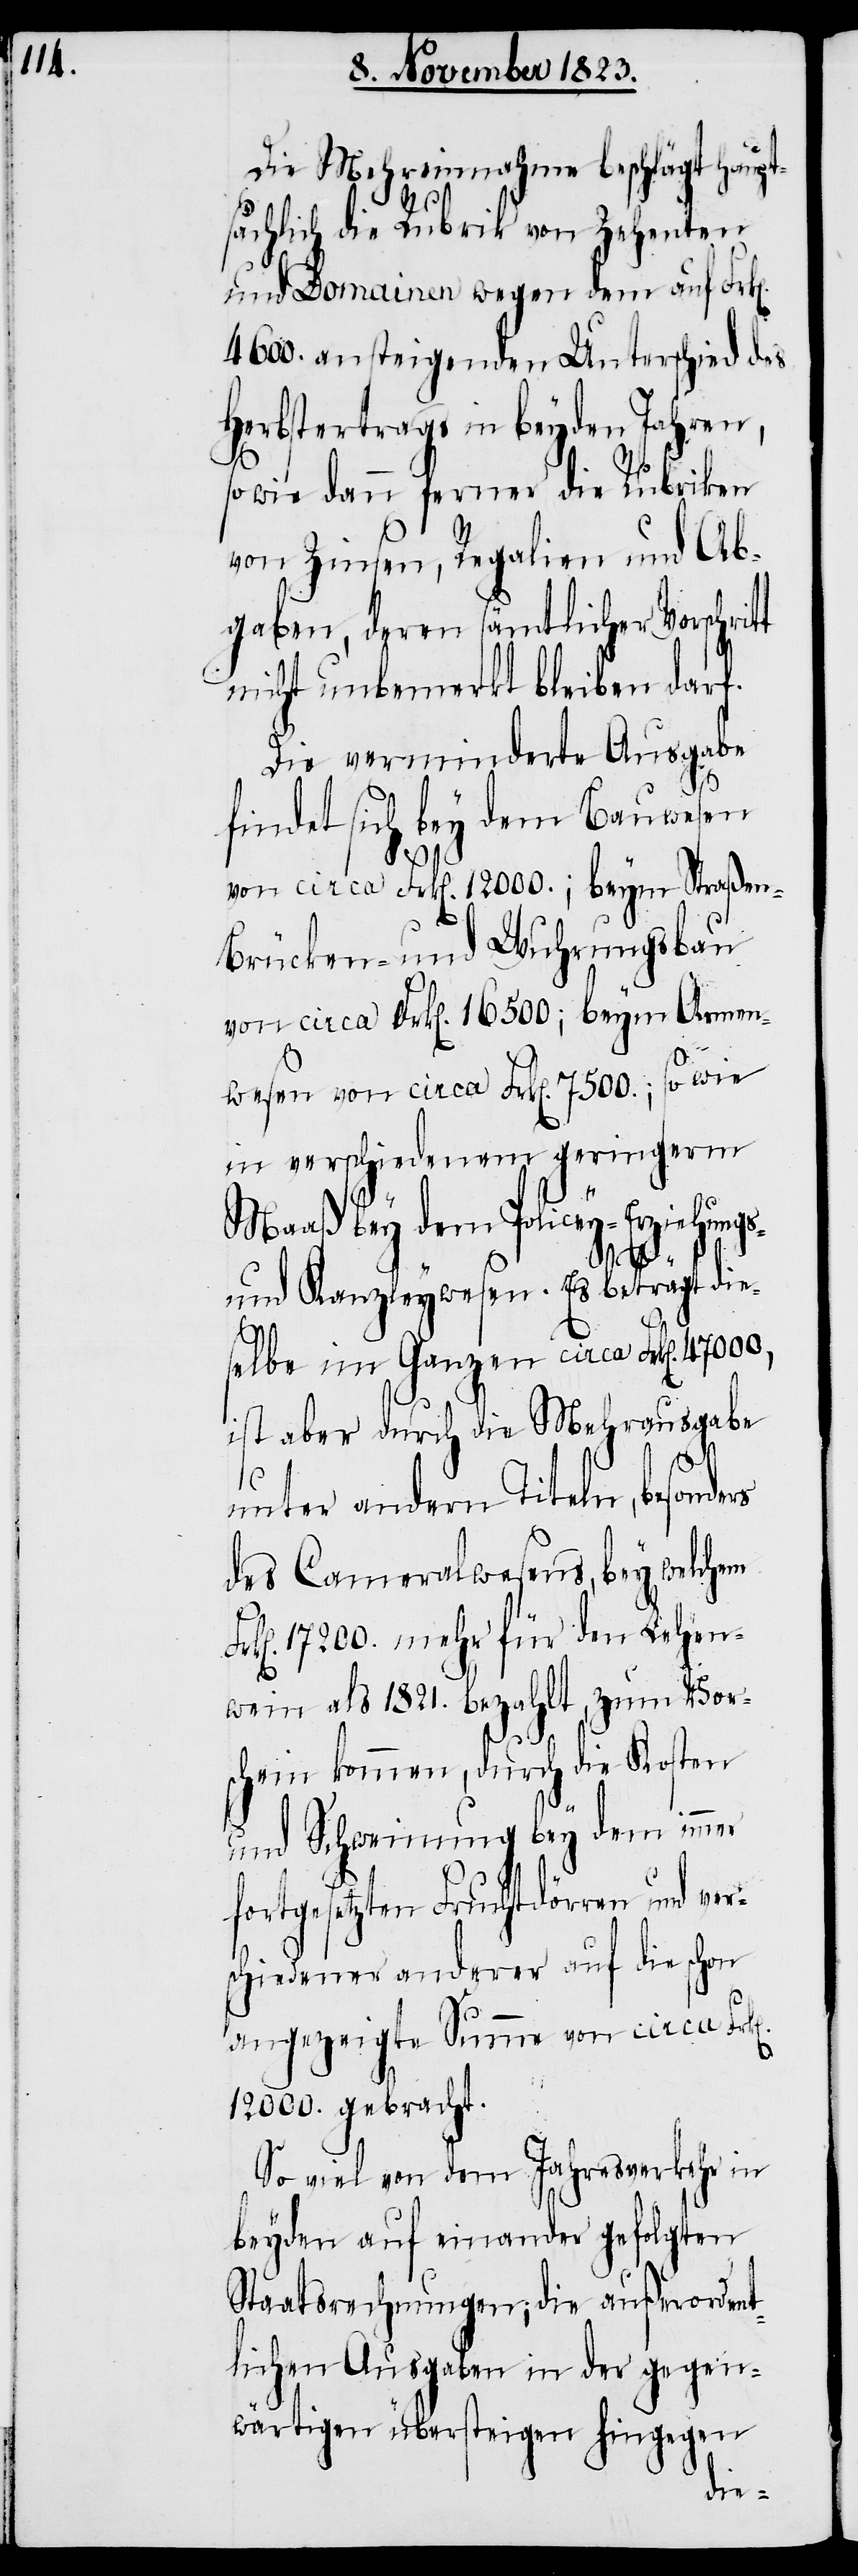
Die Mehreinnahme beschlägt haupt¬
sächlich die Rubrik von Zehenten
und Domainen wegen dem auf Frk[e¬
4600. ansteigenden Unterschied des
Herbstertrags in beyden Jahren,
sowie dann ferner die Rubriken
von Zinsen, Regalien und Ab¬
gaben, deren sämtlicher Vorschrit¬
nicht unbemerkt bleiben darf.
Die verminderte Ausgabe
findet sich bey dem Bauwesen
t
von circa Frk[en]. 12000.; beym Straßen-
Brücken- und Wuhrungsbau
von circa Frk[en]. 16500; beym Armen¬
wesen von circa Frk[en]. 7500; sowie
in verschiedenem geringerm
Maaß bey dem Policey- Erziehungs-
n].
und Kanzleywesen. Es beträgt die¬
selbe im Ganzen circa Frk[en]. 47000,
ist aber durch die Mehrausgabe
unter andern Titeln, besonders
des Cameralwesens, bey welchem
k[en]. 17200. mehr für den Lehen¬
wein als 1821. bezahlt, zum Vor¬
schein kommen, durch die Kosten
und Schweinung bey dem immer
fortgesetzten Fruchtdörren und ver¬
schiedener anderer auf die schon
angezeigte Summe von circa Frk[e¬
12000. gebracht.
So viel von dem Jahresverkehr in
beyden auf einander gefolgten
Staatsrechnungen; die außerordent¬
lichen Ausgaben in der gegen¬
wärtigen übersteigen hingegen